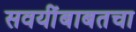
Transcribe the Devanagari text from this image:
सवयींबाबतचा